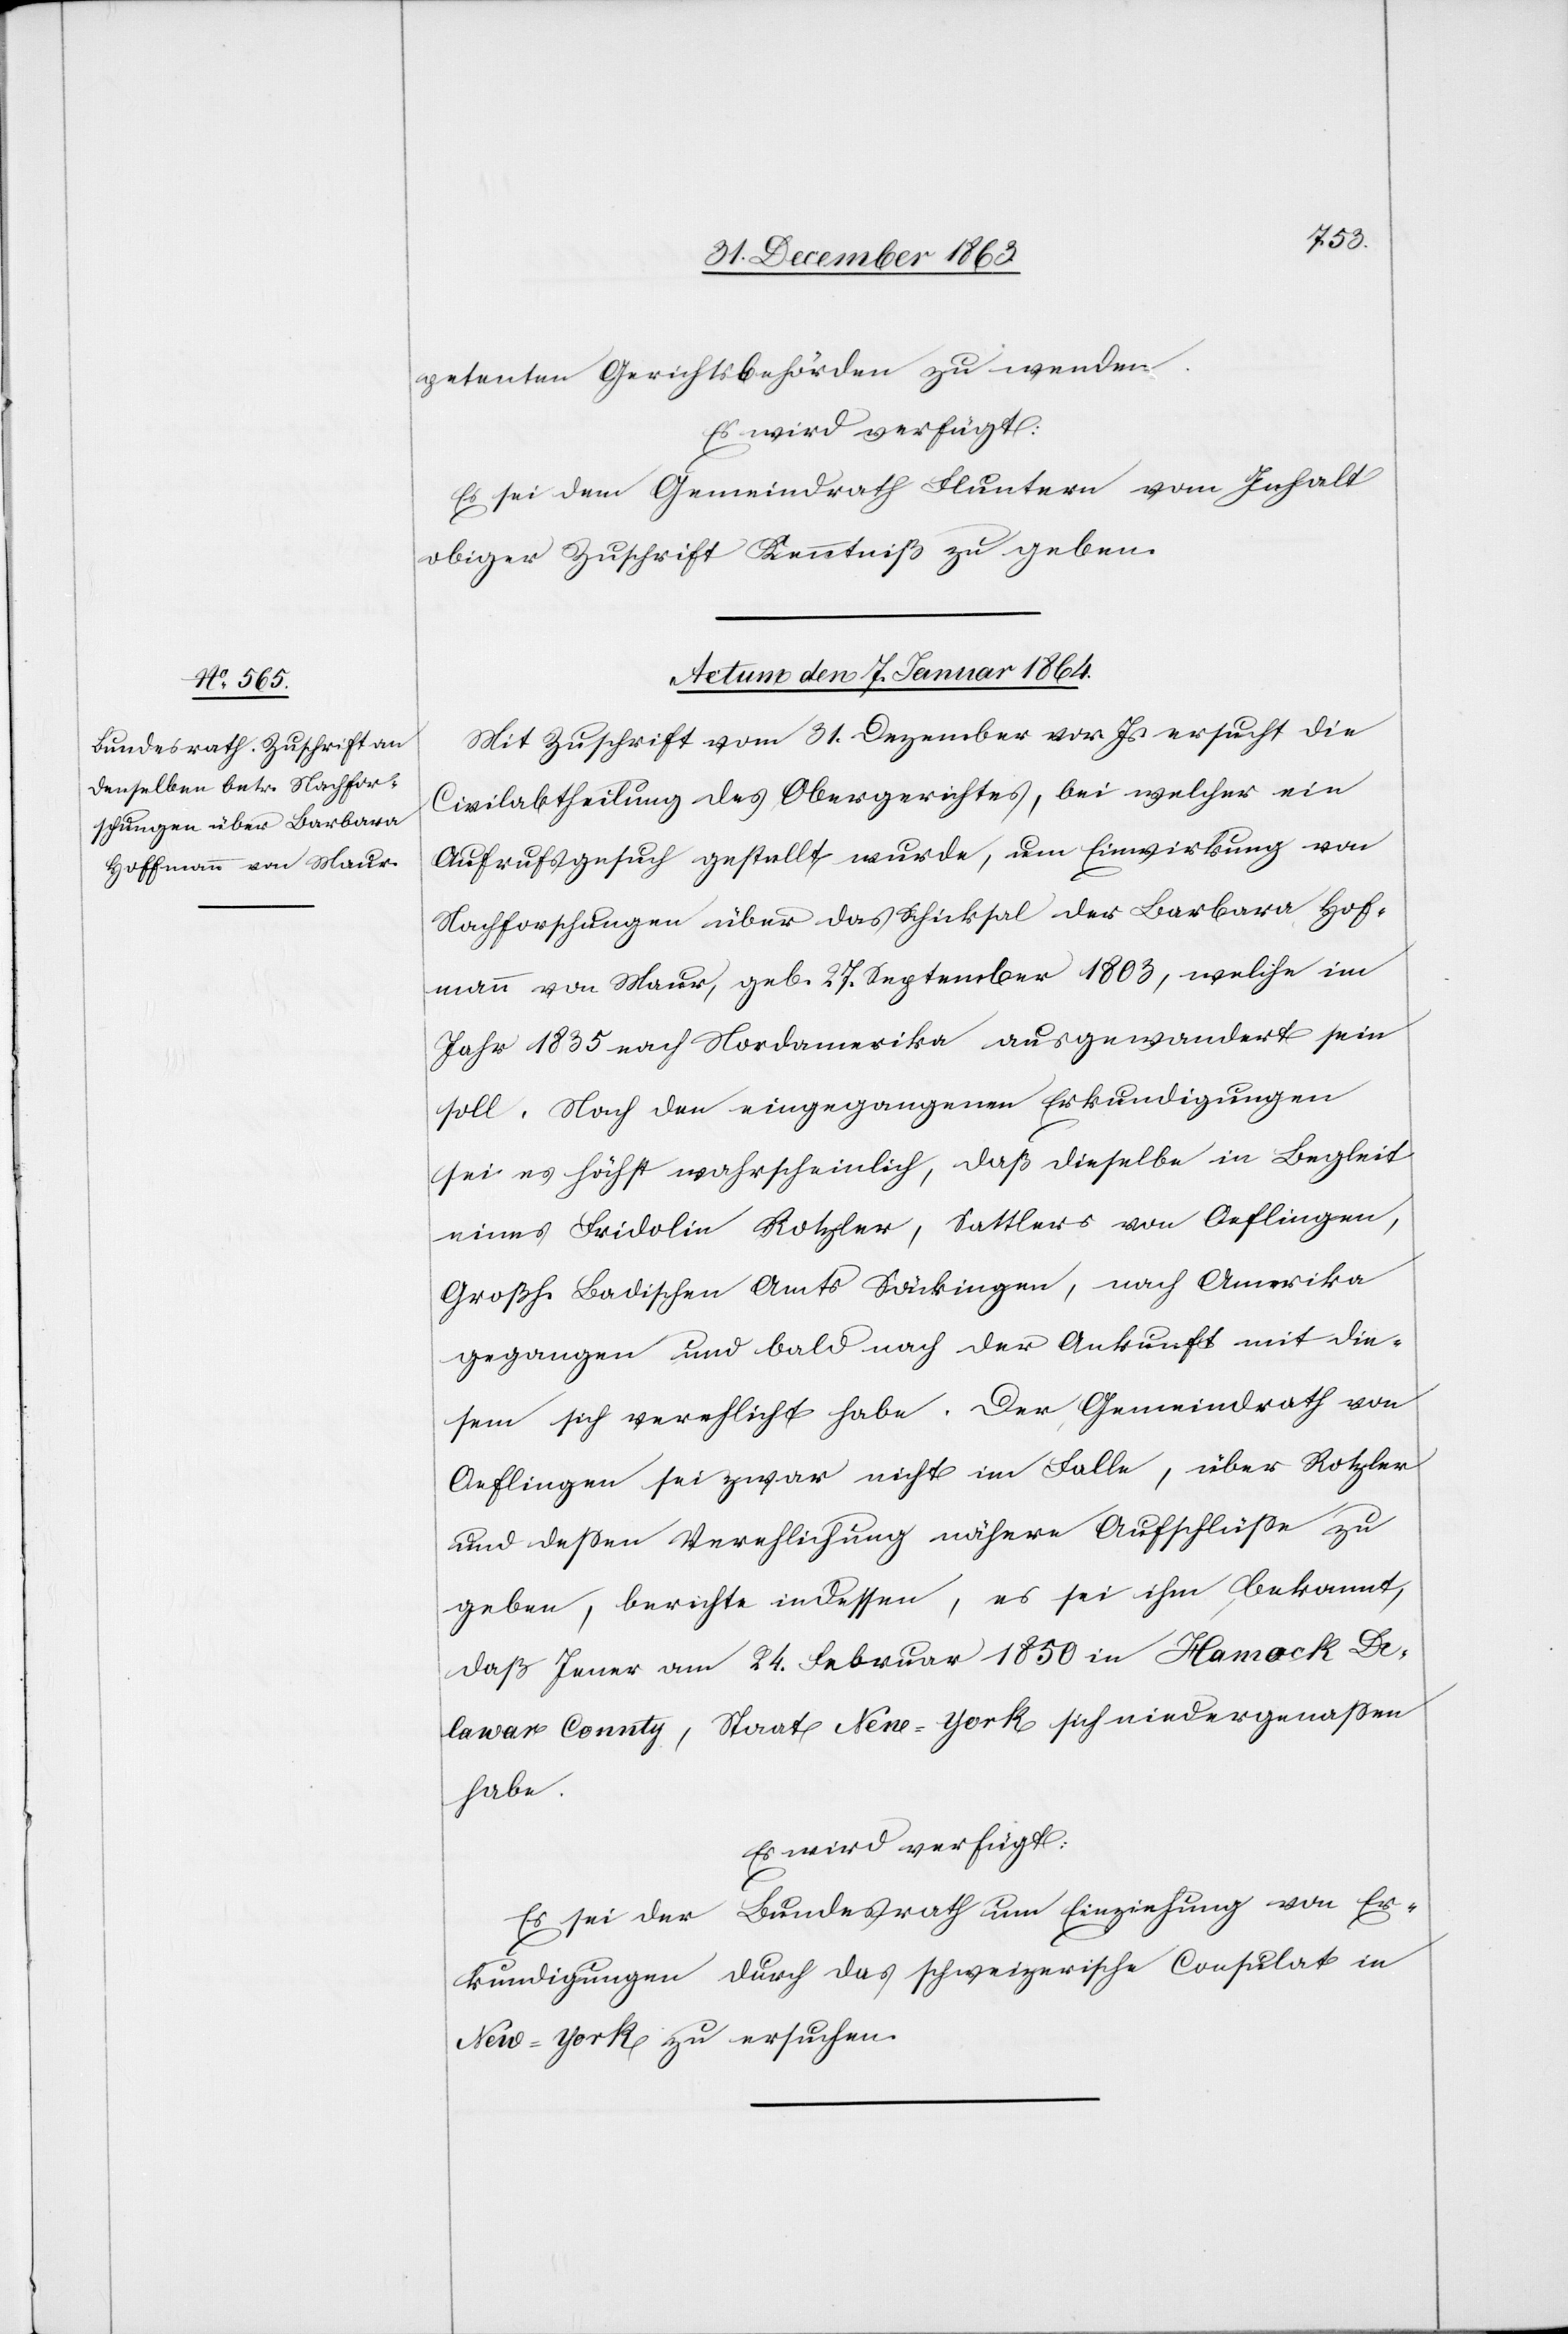
petenten Gerichtsbehörden zu wenden.
Es wird verfügt:
Es sei dem Gemeindrath Fluntern vom Inhalt
obiger Zuschrift Kenntniß zu geben.
Actum den 7. Januar 1864.
Mit Zuschrift vom 31. Dezember vor. Js. ersucht die
Civilabtheilung des Obergerichtes, bei welcher ein
Aufrufsgesuch gestellt wurde, um Einwirkung von
Nachforschungen über das Schicksal der Barbara Hof¬
mann von Maur, geb. 27. September 1803, welche im
Jahr 1835 nach Nordamerika ausgewandert sein
soll. Nach den eingegangenen Erkundigungen
sei es höchst wahrscheinlich, daß dieselbe in Begleit
eines Fridolin Rotzler, Sattlers von Oeflingen,
Großh. Badischen Amts Säckingen, nach Amerika
gegangen und bald nach der Ankunft mit die¬
sem sich verehlicht habe. Der Gemeindrath von
Oeflingen sei zwar nicht im Falle, über Rotzler
und dessen Verehlichung nähere Aufschlüsse zu
geben, berichte indessen, es sei ihm bekannt,
daß Jener am 24. Februar 1850 in Hamock De¬
lawar County, Staat New-York sich niedergenassen
habe.
Es wird verfügt:
Es sei der Bundesrath um Einziehung von Er¬
kundigungen durch das schweizerische Consulat in
New-York zu ersuchen.